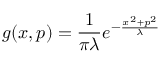
g ( x , p ) = \frac { 1 } { \pi \lambda } e ^ { - \frac { x ^ { 2 } + p ^ { 2 } } { \lambda } }